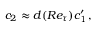
c _ { 2 } \approx d ( R e _ { \tau } ) c _ { 1 } ^ { \prime } \, ,